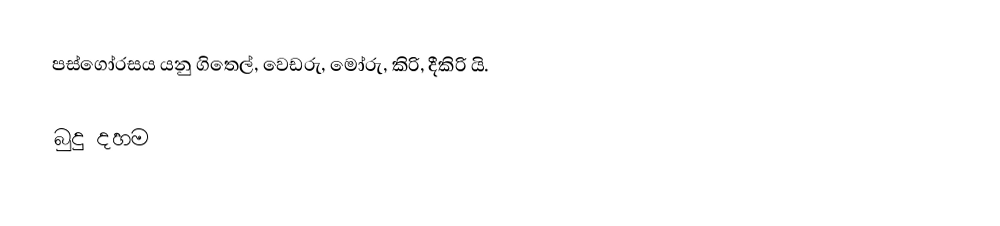
පස්ගෝරසය යනු ගිතෙල්, වෙඩරු, මෝරු, කිරි, දීකිරි යි.

බුදු දහම